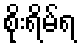
စိုးရိမ်ရ